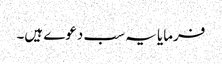
فرمایا یہ سب دعوے ہیں۔